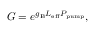
G = e ^ { g _ { \mathrm { { B } } } L _ { \mathrm { { e f f } } } P _ { \mathrm { { p u m p } } } } ,